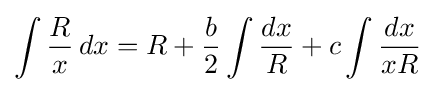
\int {\frac {R}{x}}\,dx=R+{\frac {b}{2}}\int {\frac {dx}{R}}+c\int {\frac {dx}{xR}}